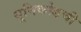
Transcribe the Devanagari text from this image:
यूनिकोडची